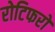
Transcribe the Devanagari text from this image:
रोटिफरों